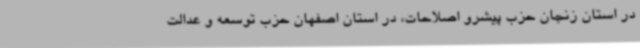
در استان زنجان حزب پیشرو اصلاحات، در استان اصفهان حزب توسعه و عدالت